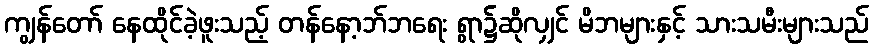
ကျွန်တော် နေထိုင်ခဲ့ဖူးသည့် တန်နော့ဘ်ဘရေး ရွာ၌ဆိုလျှင် မိဘများနှင့် သားသမီးများသည်